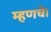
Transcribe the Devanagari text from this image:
म्हणचे।